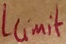
Text: Llimit